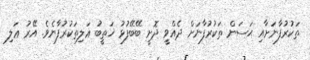
ތަކުރުފާނަށާއި ޙަސަން ތަކުރުފާނަށް ދެއްވީ ދޮށީ ބޭބޭފުޅު ޚަތީބު ޢަލިތަކުރުފާނެވެ. އޭރު ޢަލި